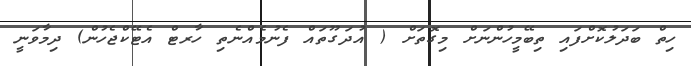
ހިތް ބަދަލުކޮށްފައި ތިބޭމީހުންނަށް މިގޮތަށް ( އުދަގޫތައް ފެނުމެއްނެތި ހާރޓް އެޓޭކްޖެހުން) ދިމާވަނީ